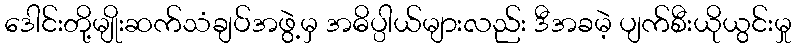
ဒေါင်းတို့မျိုးဆက်သံချပ်အဖွဲ့မှ အဓိပ္ပါယ်များလည်း ဒီအခမဲ့ ပျက်စီးယိုယွင်းမှု